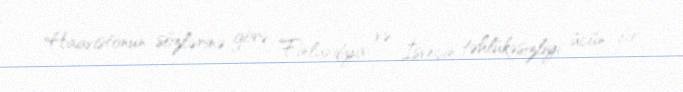
Haavistonun sözlərinə görə, Finlandiya və İsveçin təhlükəsizliyi üçün bir